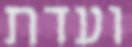
ועדת